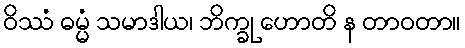
ဝိဿံ ဓမ္မံ သမာဒါယ၊ ဘိက္ခု ဟောတိ န တာဝတာ။